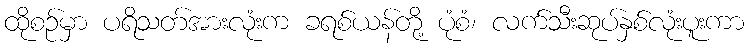
ထိုစဉ်မှာ ပရိသတ်အားလုံးက ခရစ်ယန်တို့ ပုံစံ၊ လက်သီးဆုပ်နှစ်လုံးပူးကာ